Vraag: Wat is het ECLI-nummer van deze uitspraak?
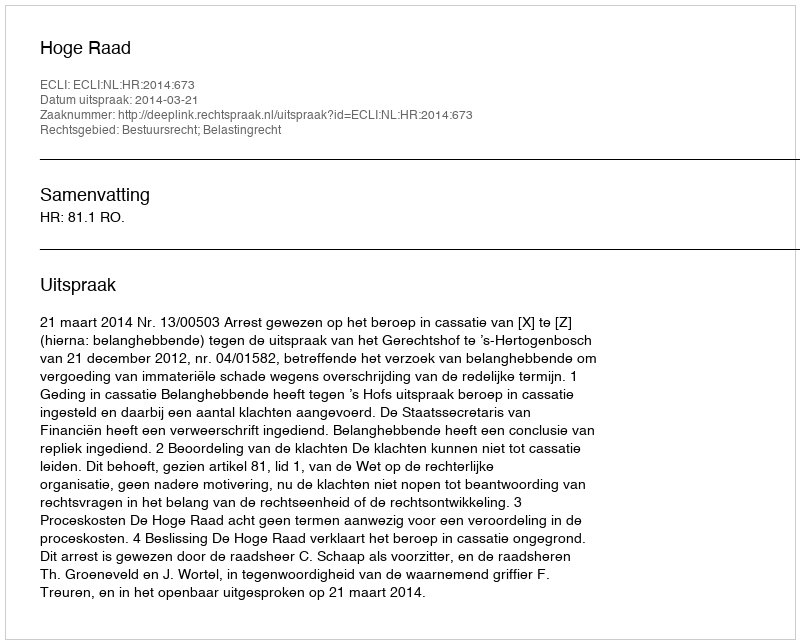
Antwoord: ECLI:NL:HR:2014:673